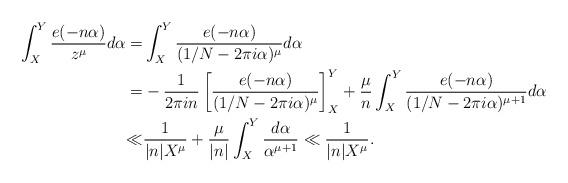
LaTeX: \begin{align*}\int_X^Y\frac{e(-n\alpha)}{z^\mu}d\alpha=&\int_X^Y\frac{e(-n\alpha)}{(1/N-2\pi i\alpha)^\mu}d\alpha\\=&-\frac{1}{2\pi in}\left[\frac{e(-n\alpha)}{(1/N-2\pi i\alpha)^\mu}\right]_X^Y+\frac{\mu}{n}\int_X^Y\frac{e(-n\alpha)}{(1/N-2\pi i\alpha)^{\mu+1}}d\alpha\\\ll&\frac{1}{|n|X^\mu}+\frac{\mu}{|n|}\int_X^Y\frac{d\alpha}{\alpha^{\mu+1}}\ll\frac{1}{|n|X^\mu}.\end{align*}